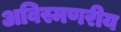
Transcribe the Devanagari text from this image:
अविस्मणरीय